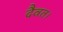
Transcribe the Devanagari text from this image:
दैवत।